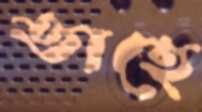
তাহে